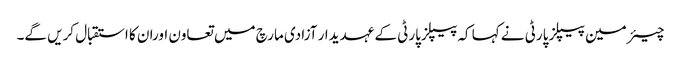
چیئرمین پیپلز پارٹی نے کہا کہ پیپلزپارٹی کے عہدیدار آزادی مارچ میں تعاون اوران کا استقبال کریں گے۔